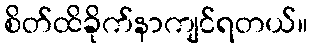
စိတ်ထိခိုက်နာကျင်ရတယ်။